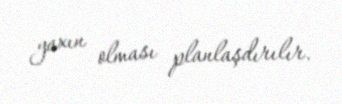
yaxın olması planlaşdırılır.